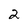
Character: 2